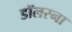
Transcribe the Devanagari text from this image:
डॉलरना